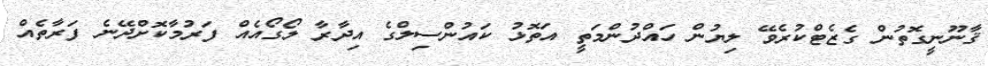
ޤާނޫނީގޮތުން ގެޒެޓްކުރެވޭ ލިޔުން ހައްދުންމަތީ އަތޮޅު ކައުންސިލްގެ އިދާރާ ލޯގޯއެއް ފަރުމާކޮށްދޭނެ ފަރާތެއް